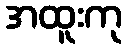
အထူးကု